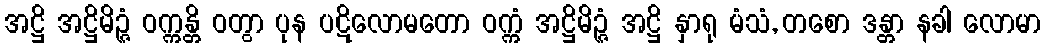
အဋ္ဌိ အဋ္ဌိမိဉ္ဇံ ဝက္ကန္တိ ဝတွာ ပုန ပဋိလောမတော ဝက္ကံ အဋ္ဌိမိဉ္ဇံ အဋ္ဌိ နှာရု မံသံ, တစော ဒန္တာ နခါ လောမာ